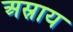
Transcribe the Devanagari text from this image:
अस्राय